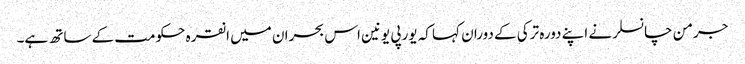
جرمن چانسلر نے اپنے دورہ ترکی کے دوران کہا کہ یورپی یونین اس بحران میں انقرہ حکومت کے ساتھ ہے۔